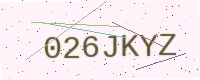
Text: 026JKYZ